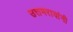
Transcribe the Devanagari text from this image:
उत्तमरावांनी